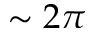
\sim 2 \pi